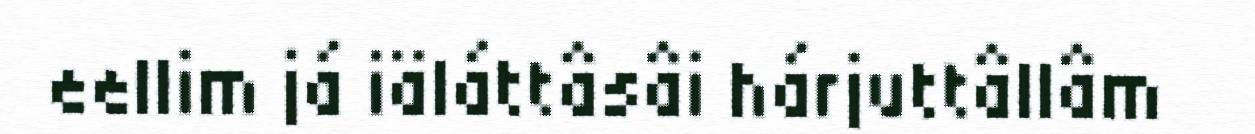
eellim já iäláttâsâi hárjuttâllâm